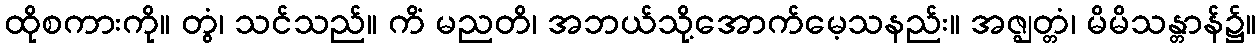
ထိုစကားကို။ တွံ၊ သင်သည်။ ကိံ မညတိ၊ အဘယ်သို့အောက်မေ့သနည်း။ အဇ္ဈတ္တံ၊ မိမိသန္တာန်၌။